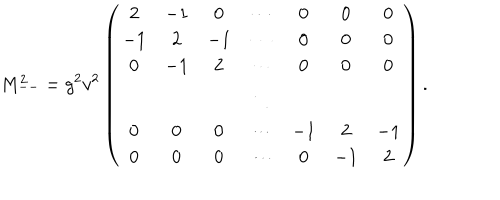
LaTeX: M _ { -- } ^ { 2 } = g ^ { 2 } v ^ { 2 } \left( \begin{array} { c c c c c c c } { { 2 } } & { { - 1 } } & { { 0 } } & { { \cdots } } & { { 0 } } & { { 0 } } & { { 0 } } \\ { { - 1 } } & { { 2 } } & { { - 1 } } & { { \cdots } } & { { 0 } } & { { 0 } } & { { 0 } } \\ { { 0 } } & { { - 1 } } & { { 2 } } & { { \cdots } } & { { 0 } } & { { 0 } } & { { 0 } } \\ { { } } & { { } } & { { } } & { { \ddots } } & { { } } & { { } } & { { } } \\ { { 0 } } & { { 0 } } & { { 0 } } & { { \cdots } } & { { - 1 } } & { { 2 } } & { { - 1 } } \\ { { 0 } } & { { 0 } } & { { 0 } } & { { \cdots } } & { { 0 } } & { { - 1 } } & { { 2 } } \\ \end{array} \right) .